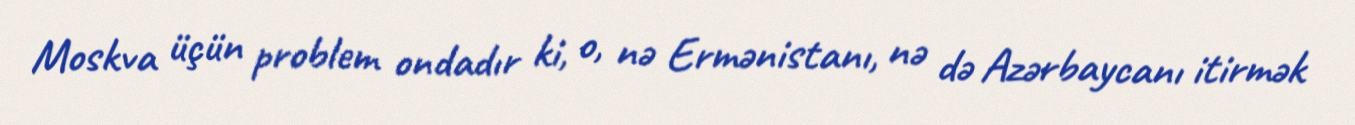
Moskva üçün problem ondadır ki, o, nə Ermənistanı, nə də Azərbaycanı itirmək